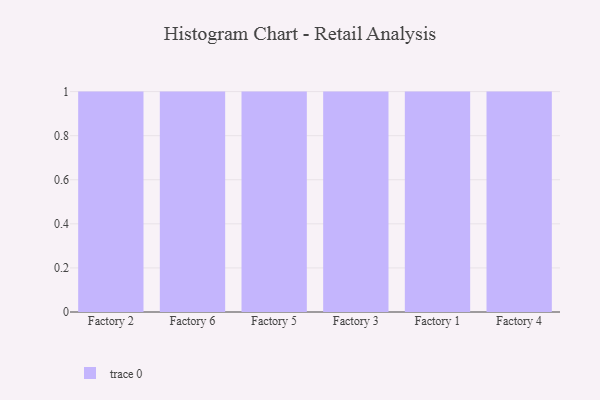
{"axis": {"x": "Factory", "y": "Gross Profit (USD K)"}, "legend": [""], "data": [{"x": "Factory 2", "y": 33, "type": ""}, {"x": "Factory 6", "y": 81, "type": ""}, {"x": "Factory 5", "y": 67, "type": ""}, {"x": "Factory 3", "y": 93, "type": ""}, {"x": "Factory 1", "y": 60, "type": ""}, {"x": "Factory 4", "y": 53, "type": ""}]}